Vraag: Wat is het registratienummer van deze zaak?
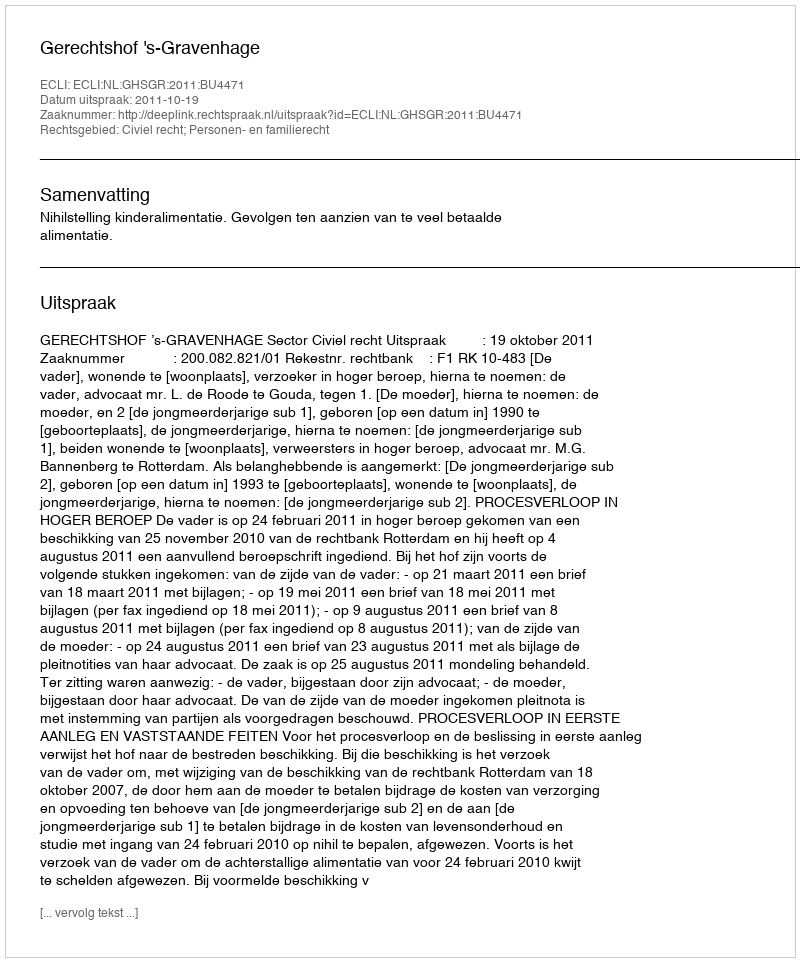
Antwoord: http://deeplink.rechtspraak.nl/uitspraak?id=ECLI:NL:GHSGR:2011:BU4471